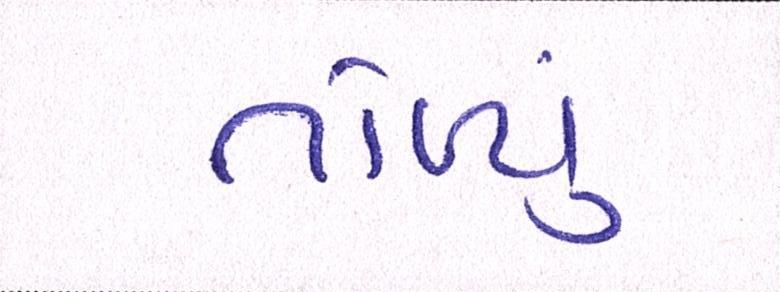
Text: તોળ્યું